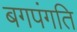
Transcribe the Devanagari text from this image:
बगपंगति